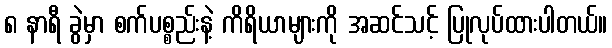
၈ နာရီ ခွဲမှာ စက်ပစ္စည်းနဲ့ ကိရိယာများကို အဆင်သင့် ပြုလုပ်ထားပါတယ်။